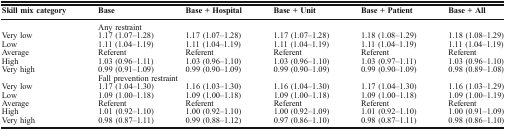
<table><thead><tr><td><b>Skill mix category</b></td><td><b>Base</b></td><td><b>Base + Hospital</b></td><td><b>Base + Unit</b></td><td><b>Base + Patient</b></td><td><b>Base + All</b></td></tr></thead><tbody><tr><td></td><td colspan="5">Any restraint</td></tr><tr><td>Very low</td><td>1.17 (1.07–1.28)</td><td>1.17 (1.07–1.28)</td><td>1.17 (1.07–1.28)</td><td>1.18 (1.08–1.29)</td><td>1.18 (1.08–1.29)</td></tr><tr><td>Low</td><td>1.11 (1.04–1.19)</td><td>1.11 (1.04–1.19)</td><td>1.11 (1.04–1.19)</td><td>1.11 (1.04–1.19)</td><td>1.11 (1.04–1.19)</td></tr><tr><td>Average</td><td>Referent</td><td>Referent</td><td>Referent</td><td>Referent</td><td>Referent</td></tr><tr><td>High</td><td>1.03 (0.96–1.11)</td><td>1.03 (0.96–1.10)</td><td>1.03 (0.96–1.10)</td><td>1.03 (0.97–1.11)</td><td>1.03 (0.96–1.10)</td></tr><tr><td>Very high</td><td>0.99 (0.91–1.09)</td><td>0.99 (0.90–1.09)</td><td>0.99 (0.90–1.09)</td><td>0.99 (0.90–1.09)</td><td>0.98 (0.89–1.08)</td></tr><tr><td></td><td colspan="5">Fall prevention restraint</td></tr><tr><td>Very low</td><td>1.17 (1.04–1.30)</td><td>1.16 (1.03–1.30)</td><td>1.16 (1.04–1.30)</td><td>1.17 (1.04–1.30)</td><td>1.16 (1.03–1.29)</td></tr><tr><td>Low</td><td>1.09 (1.00–1.18)</td><td>1.09 (1.00–1.18)</td><td>1.09 (1.00–1.18)</td><td>1.09 (1.00–1.18)</td><td>1.09 (1.00–1.19)</td></tr><tr><td>Average</td><td>Referent</td><td>Referent</td><td>Referent</td><td>Referent</td><td>Referent</td></tr><tr><td>High</td><td>1.01 (0.92–1.10)</td><td>1.00 (0.92–1.10)</td><td>1.00 (0.92–1.09)</td><td>1.01 (0.92–1.10)</td><td>1.00 (0.91–1.09)</td></tr><tr><td>Very high</td><td>0.98 (0.87–1.11)</td><td>0.99 (0.88–1.12)</td><td>0.97 (0.86–1.10)</td><td>0.98 (0.87–1.11)</td><td>0.98 (0.86–1.10)</td></tr></tbody></table>